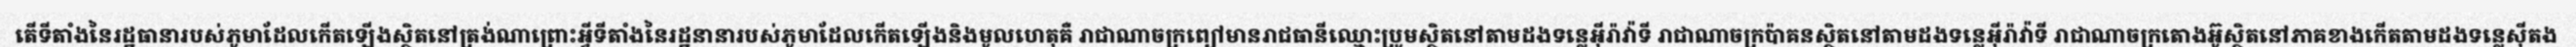
តើទីតាំងនៃរដ្ឋធានារបស់ភូមាដែលកើតឡើងស្ថិតនៅត្រង់ណាព្រោះអ្វីទីតាំងនៃរដ្ឋនានារបស់ភូមាដែលកើតឡើងនិងមូលហេតុគឺ រាជាណាចក្រព្យៅមានរាជធានីឈ្មោះប្រូមស្ថិតនៅតាមដងទន្លេអ៊ីរ៉ាវ៉ាទី រាជាណាចក្រប៉ាគនស្ថិតនៅតាមដងទន្លេអ៊ីរ៉ាវ៉ាទី រាជាណាចក្រតោងអ៊ូស្ថិតនៅភាគខាងកើតតាមដងទន្លេស៊ីតង